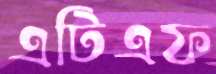
এটিএফ